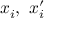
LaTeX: x _ { i } , \ x _ { i } ^ { \prime }